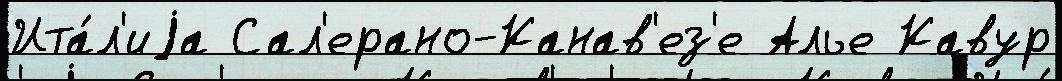
Ита́л'иjа Сал'ерано-Канав'ез'е Алье Кавур